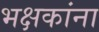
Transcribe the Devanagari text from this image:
भक्षकांना